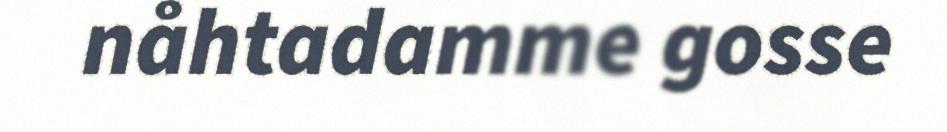
nåhtadamme gosse